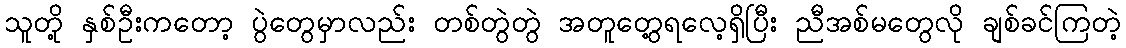
သူတို့ နှစ်ဦးကတော့ ပွဲတွေမှာလည်း တစ်တွဲတွဲ အတူတွေ့ရလေ့ရှိပြီး ညီအစ်မတွေလို ချစ်ခင်ကြတဲ့